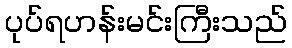
ပုပ်ရဟန်းမင်းကြီးသည်